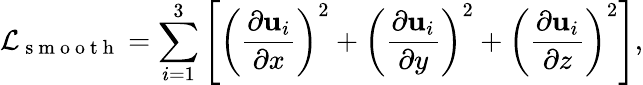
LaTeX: \mathcal{L}_{\mathrm{~s~m~o~o~t~h~}}=\sum_{i=1}^{3}\left[\left(\frac{\partial\mathrm{\mathbf{u}}_{i}}{\partial x}\right)^{2}+\left(\frac{\partial\mathrm{\mathbf{u}}_{i}}{\partial y}\right)^{2}+\left(\frac{\partial\mathrm{\mathbf{u}}_{i}}{\partial z}\right)^{2}\right],